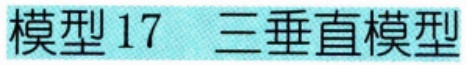
模型17  三垂直模型